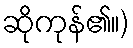
ဆိုကုန်၏။)